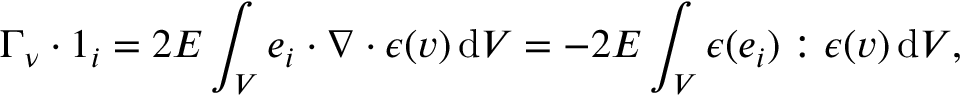
\boldsymbol { \Gamma } _ { \nu } \boldsymbol { \cdot } \boldsymbol { 1 } _ { i } = 2 E \int _ { V } \boldsymbol { e } _ { i } \boldsymbol { \cdot } \nabla \boldsymbol { \cdot } \boldsymbol { \epsilon } ( \boldsymbol { v } ) \, \mathrm { d } V = - 2 E \int _ { V } \boldsymbol { \epsilon } ( \boldsymbol { e } _ { i } ) : \boldsymbol { \epsilon } ( \boldsymbol { v } ) \, \mathrm { d } V ,